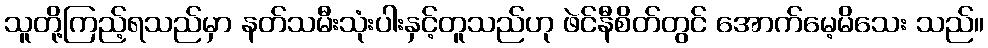
သူတို့ကြည့်ရသည်မှာ နတ်သမီးသုံးပါးနှင့်တူသည်ဟု ဖဲင်နီစိတ်တွင် အောက်မေ့မိသေး သည်။